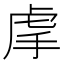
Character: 𧆠